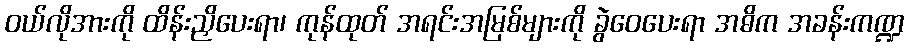
ဝယ်လိုအားကို ထိန်းညှိပေးရာ၊ ကုန်ထုတ် အရင်းအမြစ်များကို ခွဲဝေပေးရာ အဓိက အခန်းကဏ္ဍ